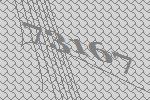
73167